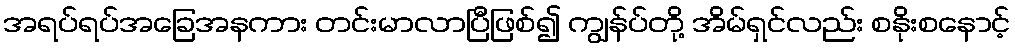
အရပ်ရပ်အခြေအနကား တင်းမာလာပြီဖြစ်၍ ကျွန်ပ်တို့ အိမ်ရှင်လည်း စနိုးစနောင့်